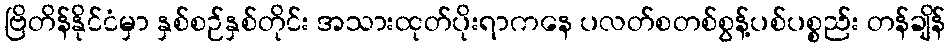
ဗြိတိန်နိုင်ငံမှာ နှစ်စဉ်နှစ်တိုင်း အသားထုတ်ပိုးရာကနေ ပလတ်စတစ်စွန့်ပစ်ပစ္စည်း တန်ချိန်